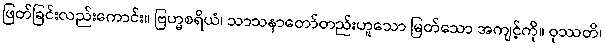
ဖြတ်ခြင်းလည်းကောင်း။ ဗြဟ္မစရိယံ၊ သာသနာတော်တည်းဟူသော မြတ်သော အကျင့်ကို။ ဝုဿတိ၊